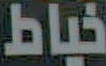
خياط